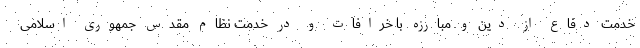
خدمت دفاع از دین و مبارزه با خرافات و در خدمت نظام مقدس جمهوری اسلامی